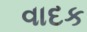
વાદક